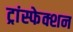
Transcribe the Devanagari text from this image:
ट्रांस्फेक्शन